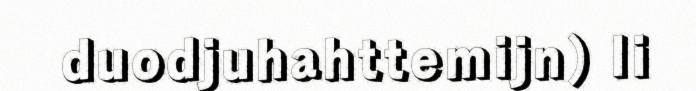
duodjuhahttemijn) li